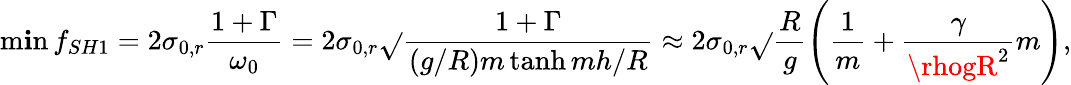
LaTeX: \operatorname*{m\mathbf{i}n}{f_{SH1}}=2\sigma_{0,r}\frac{{1+\Gamma}}{{\omega_{0}}}=2\sigma_{0,r}\sqrt{}{{\frac{{1+\Gamma}}{{\left(g/R\right)m\operatorname{tanh}{mh/R}}}}}\approx2\sigma_{0,r}\sqrt{}{{\frac{{R}}{{g}}\left(\frac{{1}}{{m}}+\frac{{\gamma}}{{\rhogR^{2}}}m\right)}},